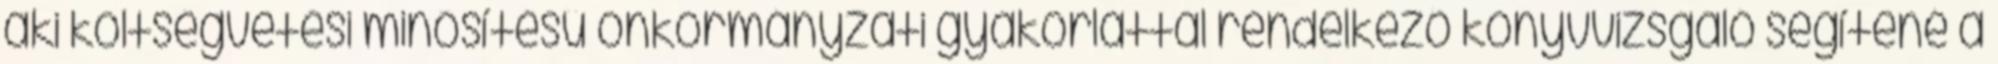
aki költségvetési minősítésű önkormányzati gyakorlattal rendelkező könyvvizsgáló segítené a